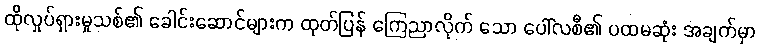
ထိုလှုပ်ရှားမှုသစ်၏ ခေါင်းဆောင်များက ထုတ်ပြန် ကြေညာလိုက် သော ပေါ်လစီ၏ ပထမဆုံး အချက်မှာ